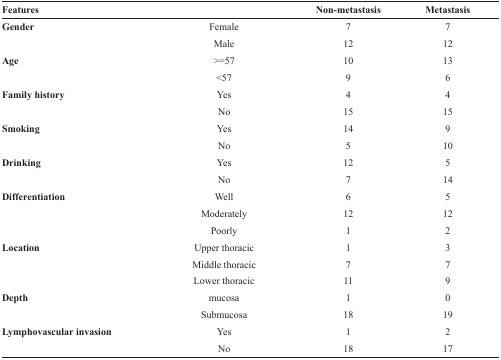
| Features |  | Non-metastasis | Metastasis |
 | --- | --- | --- | --- |
 | Gender | Female | 7 | 7 |
 |  | Male | 12 | 12 |
 | Age | >=57 | 10 | 13 |
 |  | <57 | 9 | 6 |
 | Family history | Yes | 4 | 4 |
 |  | No | 15 | 15 |
 | Smoking | Yes | 14 | 9 |
 |  | No | 5 | 10 |
 | Drinking | Yes | 12 | 5 |
 |  | No | 7 | 14 |
 | Differentiation | Well | 6 | 5 |
 |  | Moderately | 12 | 12 |
 |  | Poorly | 1 | 2 |
 | Location | Upper thoracic | 1 | 3 |
 |  | Middle thoracic | 7 | 7 |
 |  | Lower thoracic | 11 | 9 |
 | Depth | mucosa | 1 | 0 |
 |  | Submucosa | 18 | 19 |
 | Lymphovascular invasion | Yes | 1 | 2 |
 |  | No | 18 | 17 |